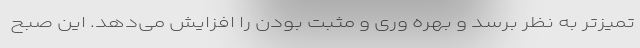
تمیزتر به نظر برسد و بهره وری و مثبت بودن را افزایش می‌دهد. این صبح